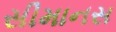
સીમાનસ